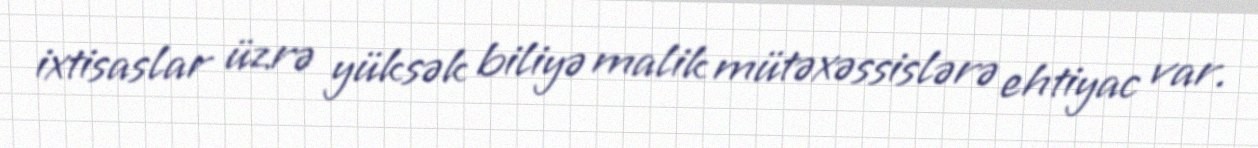
ixtisaslar üzrə yüksək biliyə malik mütəxəssislərə ehtiyac var.